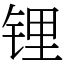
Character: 锂